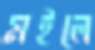
মইলে